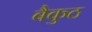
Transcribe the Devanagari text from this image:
बैकुठ